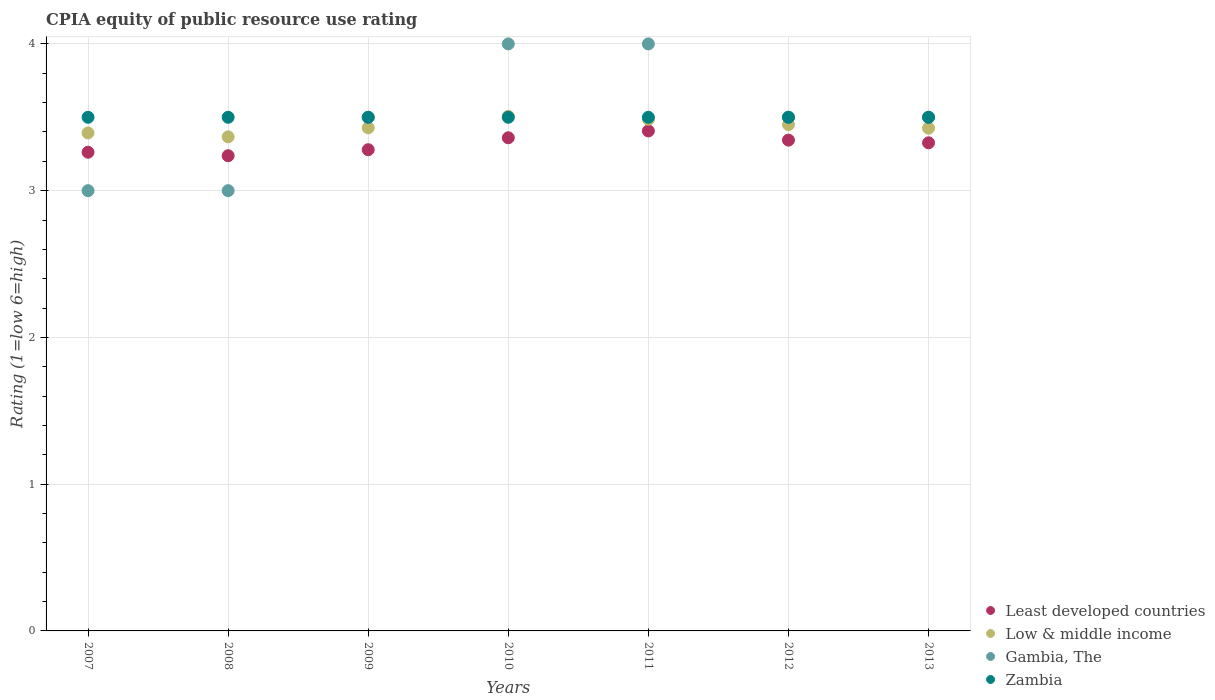
| Years | Least developed countries | Low & middle income | Gambia, The | Zambia |
 | --- | --- | --- | --- | --- |
 | 2007 | 3.26 | 3.39 | 3 | 3.5 |
 | 2008 | 3.24 | 3.37 | 3 | 3.5 |
 | 2009 | 3.28 | 3.43 | 3.5 | 3.5 |
 | 2010 | 3.36 | 3.51 | 4 | 3.5 |
 | 2011 | 3.41 | 3.49 | 4 | 3.5 |
 | 2012 | 3.34 | 3.45 | 3.5 | 3.5 |
 | 2013 | 3.33 | 3.43 | 3.5 | 3.5 |